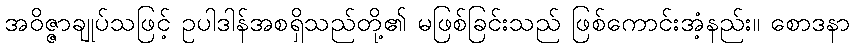
အဝိဇ္ဇာချုပ်သဖြင့် ဥပါဒါန်အစရှိသည်တို့၏ မဖြစ်ခြင်းသည် ဖြစ်ကောင်းအံ့နည်း။ စောဒနာ